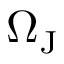
\Omega _ { \mathrm { J } }